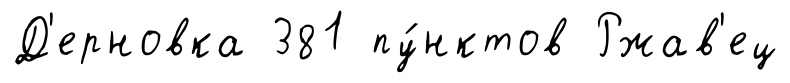
Д'ерновка 381 пу́нктов Ржав'ец